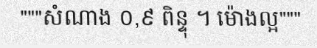
"""សំណាង ០,៩ ពិន្ទុ ។ ម៉ោងល្អ"""